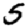
Digit: 5